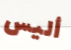
أليس